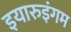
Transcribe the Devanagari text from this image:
इयारुइंगम